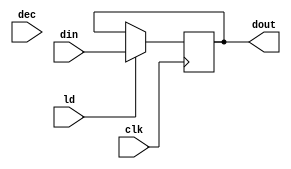

module COUNTER(
input [15:0]din,
input ld,dec,clk,
output reg [15:0]dout);
always @(posedge clk)
if (ld) dout<=din;
else if (dec) dout<=dout;
endmodule